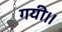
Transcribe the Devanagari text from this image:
गयी।।